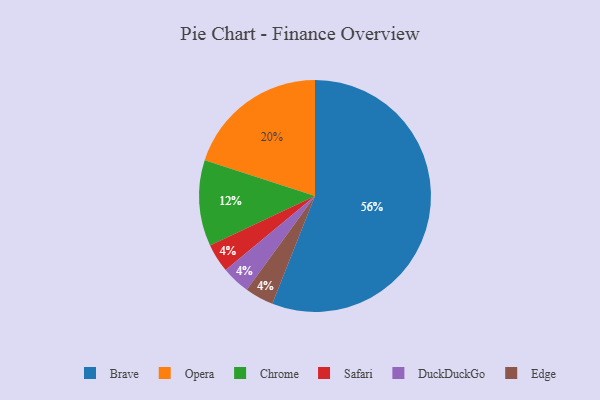
{"axis": {"x": "Category", "y": "Percentage"}, "legend": ["Brave", "Chrome", "DuckDuckGo", "Edge", "Opera", "Safari"], "data": [{"x": "Safari", "y": 4, "type": "Safari"}, {"x": "Chrome", "y": 12, "type": "Chrome"}, {"x": "Opera", "y": 20, "type": "Opera"}, {"x": "Brave", "y": 56, "type": "Brave"}, {"x": "DuckDuckGo", "y": 4, "type": "DuckDuckGo"}, {"x": "Edge", "y": 4, "type": "Edge"}]}